Annual vaccination report of Bihar and Orissa - 1911-1928
Year: 1911
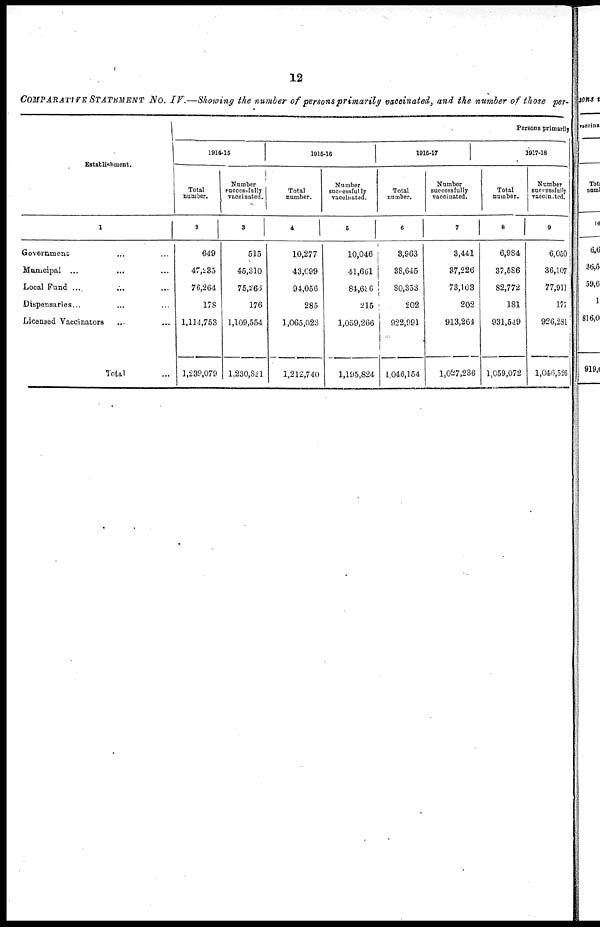
12
COMPARATIVE STATEMENT NO. IV.—Showing the number of persons primarily vaccinated, and the number of those per-
Establishment.
1
Government ... ...
Municipal ... ... ...
Local Fund ... ... ...
Dispensaries... ... ...
Licensed Vaccinators ... ...
Total ...
Persons primarily
1914-15
Total
number.
2
649
47,235
76,264
178
1,114,753
1,239,079
Number
succesffully
vaccinated.
3
515
45,310
75,266
176
1,109,554
1,230,821
1915-16
Total
number.
4
10,277
43,099
94,056
285
1,065,023
1,212,740
Number
successfully
vaccinated.
5
10,046
41,661
84,656
215
1,059,266
1,195,824
1916-17
Total
number.
6
3,963
38,645
80,353
202
922,991
1,046,154
Number
successfully
vaccinated.
7
3,441
37,226
73,103
202
913,264
1,027,236
1917-18
Total
number.
8
6,984
37,586
82,772
181
931,549
1,059,072
Number
successfully
vaccinated.
9
6,050
36,107
77,911
177
926,281
1,046,526